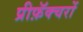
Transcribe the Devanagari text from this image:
प्रीफ़ॅक्चरों